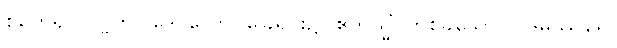
စုတေ၍။ ပဗ္ဗတပါဒေ၊ တောင်ခြေရင်း၌။ ဧကသ္မိံ၊ တစ်ခုသော။ ပဒုမဿရေ၊